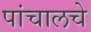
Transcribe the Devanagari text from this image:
पांचालचे